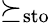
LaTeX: \succeq_{\mathrm{sto}}